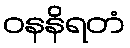
ဝနနိရတံ